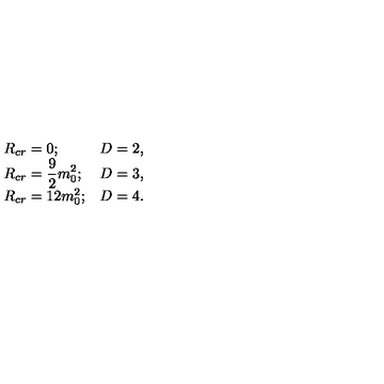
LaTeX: \begin{array} { l l } { R _ { c r } = 0 ; } & { D = 2 , } \\ { \displaystyle R _ { c r } = \frac { 9 } { 2 } m _ { 0 } ^ { 2 } ; } & { D = 3 , } \\ { R _ { c r } = 1 2 m _ { 0 } ^ { 2 } ; } & { D = 4 . } \\ \end{array}